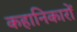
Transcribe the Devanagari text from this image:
कहानिकारों